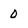
Character: 0